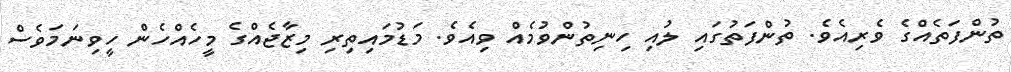
ތުންފަތެއްގެ ވެރިއެވެ. ތުންފަތުގައި ލުއި ހިނިތުންވުމެއް ވިއެވެ. މަޑުމައިތިރި މިޒާޖެއްގެ މީހެއްހެން ހީވިނަމަވެސް